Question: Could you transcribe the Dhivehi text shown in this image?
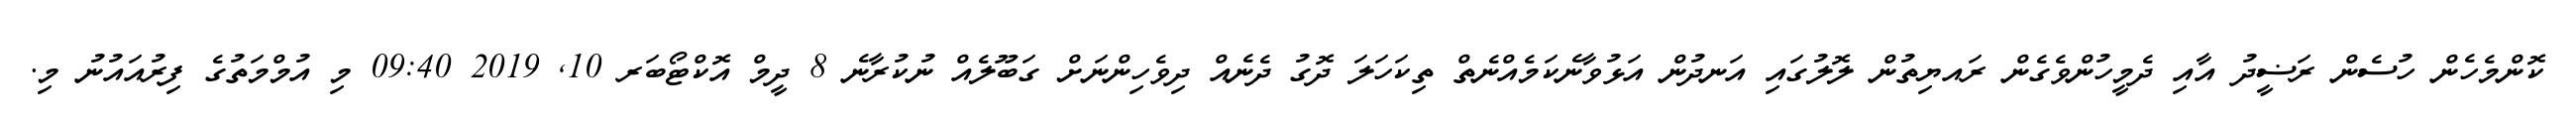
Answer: ކޮންމެހެން ހުސެން ރަޟީދު އާއި ދެމީހުންވެގެން ރައޔިތުން ލޮލުގައި އަނދުން އަޅުވާނެކަމެއްނެތް ތިކަހަލަ ދޮގު ދެނެއް ދިވެހިންނަށް ގަބޫލެއް ނުކުރާނެ 8 ދީމް އޮކްޓޯބަރ 10, 2019 09:40 މި އުމްމަތުގެ ފިރުއައުނު މި.